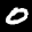
Label: 0